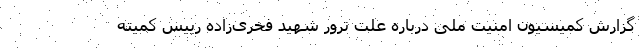
گزارش کمیسیون امنیت ملی درباره علت ترور شهید فخری‌زاده رییس کمیته